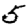
Digit: 5